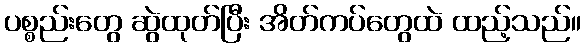
ပစ္စည်းတွေ ဆွဲထုတ်ပြီး အိတ်ကပ်တွေထဲ ထည့်သည်။